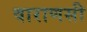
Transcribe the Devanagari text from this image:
वाराणसी